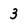
Character: 3